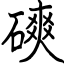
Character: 磢